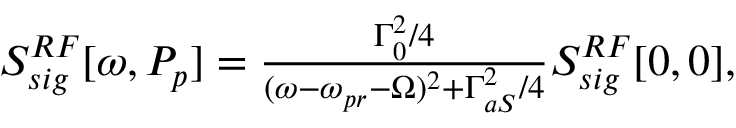
\begin{array} { r } { S _ { s i g } ^ { R F } [ \omega , P _ { p } ] = \frac { \Gamma _ { 0 } ^ { 2 } / 4 } { ( \omega - \omega _ { p r } - \Omega ) ^ { 2 } + \Gamma _ { a S } ^ { 2 } / 4 } S _ { s i g } ^ { R F } [ 0 , 0 ] , } \end{array}